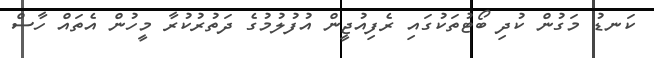
ކަނޑު މަގުން ކުދި ބޯޓުތަކުގައި ރެފިއުޖީން އުފުލުމުގެ ދަތުރުކުރާ މީހުން އެތައް ހާސް